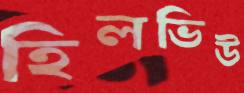
হিলভিউ